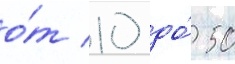
о́т 10 до́ 50